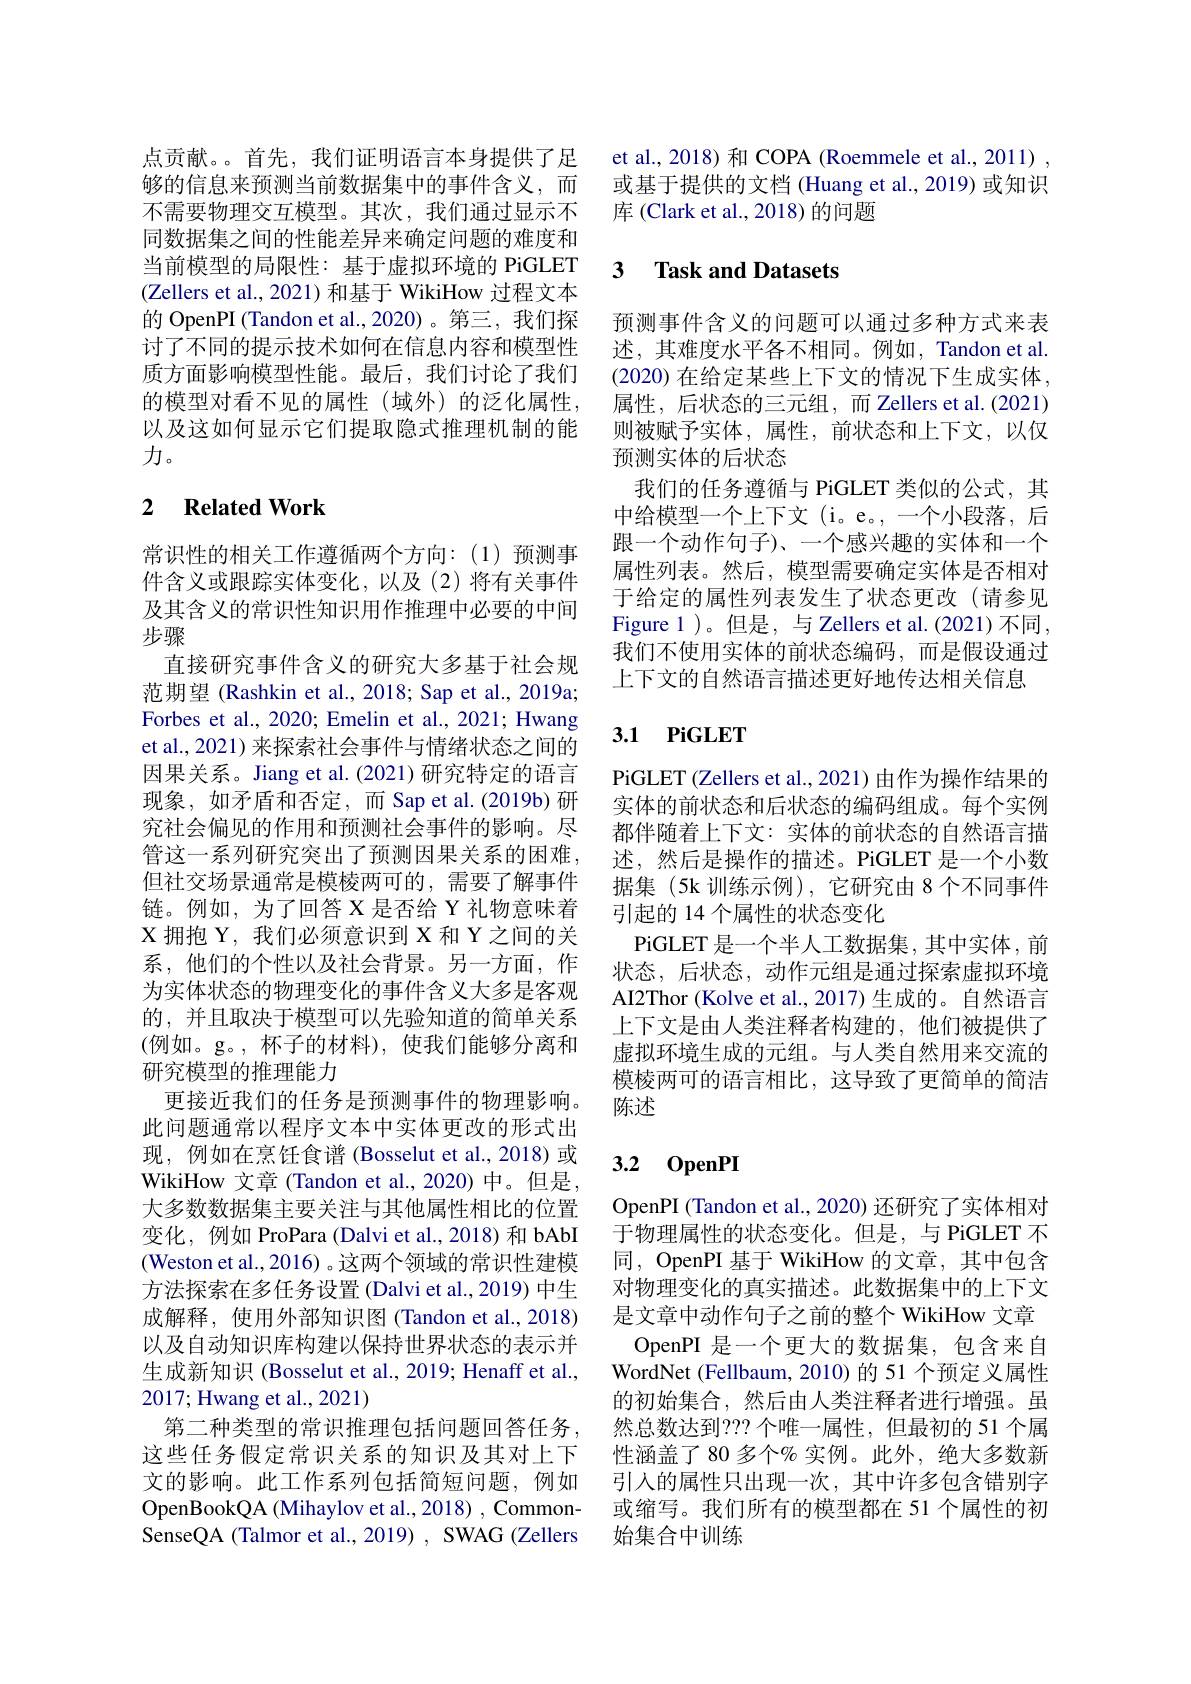
点贡献。。首先，我们证明语言本身提供了足够的信息来预测当前数据集中的事件含义，而不需要物理交互模型。其次，我们通过显示不同数据集之间的性能差异来确定问题的难度和当前模型的局限性：基于虚拟环境的 PiGLET (Zellers et al., 2021) 和基于 WikiHow 过程文本的 OpenPI (Tandon et al.,2020)。第三，我们探讨了不同的提示技术如何在信息内容和模型性质方面影响模型性能。最后，我们讨论了我们的模型对看不见的属性(域外)的泛化属性， 以及这如何显示它们提取隐式推理机制的能力。

### 2 $\textbf{Related Work}$

常识性的相关工作遵循两个方向：(1)预测事件含义或跟踪实体变化，以及(2)将有关事件及其含义的常识性知识用作推理中必要的中间步骤
直接研究事件含义的研究大多基于社会规范期望 (Rashkin et al., 2018; Sap et al., 2019a; Forbes et al., 2020; Emelin et al., 2021; Hwang et al., 2021) 来探索社会事件与情绪状态之间的因果关系。Jiang et al.(2021)研究特定的语言现象，如矛盾和否定，而 Sap et al.(2019b) 研究社会偏见的作用和预测社会事件的影响。尽管这一系列研究突出了预测因果关系的困难， 但社交场景通常是模棱两可的，需要了解事件链。例如，为了回答 X 是否给 Y 礼物意味着X 拥抱 Y, 我们必须意识到 X 和 Y 之间的关系，他们的个性以及社会背景。另一方面，作为实体状态的物理变化的事件含义大多是客观的，并且取决于模型可以先验知道的简单关系(例如。g。,杯子的材料),使我们能够分离和研究模型的推理能力
更接近我们的任务是预测事件的物理影响。此问题通常以程序文本中实体更改的形式出现，例如在烹饪食谱 (Bosselut et al., 2018)或WikiHow 文章 (Tandon et al., 2020) 中。但是， 大多数数据集主要关注与其他属性相比的位置变化，例如 ProPara (Dalvi et al.,2018) 和 bAbI (Weston et al.,2016) 。这两个领域的常识性建模方法探索在多任务设置 (Dalvi et al., 2019) 中生成解释，使用外部知识图(Tandon et al.,2018) 以及自动知识库构建以保持世界状态的表示并生成新知识 (Bosselut et al., 2019; Henaff et al., 2017;Hwang et al., 2021)
第二种类型的常识推理包括问题回答任务， 这些任务假定常识关系的知识及其对上下文的影响。此工作系列包括简短问题，例如OpenBookQA (Mihaylov et al., 2018) , CommonSenseQA (Talmor et al., 2019) , SWAG (Zellers

et al., 2018) 和 COPA (Roemmele et al., 2011) , 或基于提供的文档 (Huang et al., 2019) 或知识库 (Clark et al., 2018) 的问题

## 3 $\textbf{Task and Datasets}$

预测事件含义的问题可以通过多种方式来表述，其难度水平各不相同。例如，Tandon et al. (2020) 在给定某些上下文的情况下生成实体， 属性，后状态的三元组，而 Zellers et al.(2021) 则被赋予实体，属性，前状态和上下文，以仅预测实体的后状态
我们的任务遵循与 PiGLET 类似的公式，其中给模型一个上下文 (i。e。,一个小段落，后跟一个动作句子)、一个感兴趣的实体和一个属性列表。然后，模型需要确定实体是否相对于给定的属性列表发生了状态更改(请参见Figure 1 )。但是，与 Zellers et al. (2021)不同， 我们不使用实体的前状态编码，而是假设通过上下文的自然语言描述更好地传达相关信息

# 3.1 PiGLET

PiGLET (Zellers et al., 2021) 由作为操作结果的实体的前状态和后状态的编码组成。每个实例都伴随着上下文：实体的前状态的自然语言描述，然后是操作的描述。PiGLET 是一个小数据集(5k训练示例),它研究由 8 个不同事件引起的 14 个属性的状态变化
PiGLET 是一个半人工数据集，其中实体，前状态，后状态，动作元组是通过探索虚拟环境AI2Thor (Kolve et al., 2017) 生成的。自然语言上下文是由人类注释者构建的，他们被提供了虚拟环境生成的元组。与人类自然用来交流的模棱两可的语言相比，这导致了更简单的简洁陈述

### 3.2 0penPI

OpenPI (Tandon et al., 2020) 还研究了实体相对于物理属性的状态变化。但是，与 PiGLET 不同，OpenPI 基于 WikiHow 的文章，其中包含对物理变化的真实描述。此数据集中的上下文是文章中动作句子之前的整个 WikiHow 文章
OpenPI 是一个更大的数据集，包含来自WordNet (Fellbaum, 2010) 的 51 个预定义属性的初始集合，然后由人类注释者进行增强。虽然总数达到？? 个唯一属性，但最初的 51 个属性涵盖了 80 多个% 实例。此外，绝大多数新引入的属性只出现一次，其中许多包含错别字或缩写。我们所有的模型都在 51 个属性的初始集合中训练